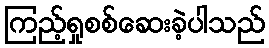
ကြည့်ရှုစစ်ဆေးခဲ့ပါသည်